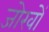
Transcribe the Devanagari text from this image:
जोखों